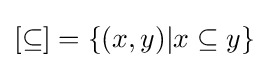
[\subseteq ]=\{(x,y)|x\subseteq y\}